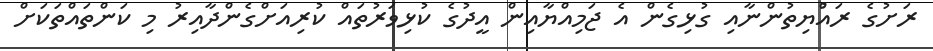
ރަށުގެ ރައްުޔިތުންނާއި ގުޅިގެން އެ ޖަމިއްޔާއިން އީދުގެ ކުޅިވަރުތައް ކުރިއަށްގެންދާއިރު މި ކަންތައްތަކަށް